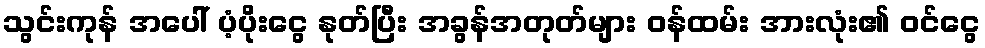
သွင်းကုန် အပေါ် ပံ့ပိုးငွေ နုတ်ပြီး အခွန်အတုတ်များ ဝန်ထမ်း အားလုံး၏ ဝင်ငွေ